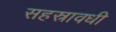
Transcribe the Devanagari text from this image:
सहस्रावधी